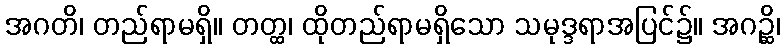
အဂတိ၊ တည်ရာမရှိ။ တတ္ထ၊ ထိုတည်ရာမရှိသော သမုဒ္ဒရာအပြင်၌။ အဂဉ္ဆိ၊